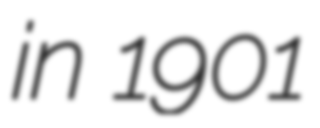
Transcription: in 1901